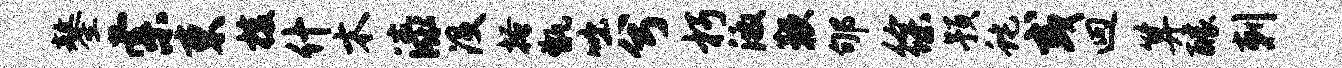
鏊索束梭什木漆没搔甑咄兮朽激鞭郇徐预蛇或迥算醵剌